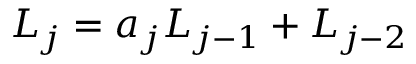
L _ { j } = a _ { j } L _ { j - 1 } + L _ { j - 2 }